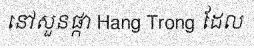
នៅសួនផ្កា Hang Trong ដែល